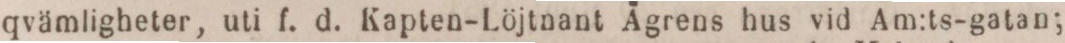
qvämligheter, uti f. d. Kapten-Löjtnant Ägrens hus vid Am:ts-gatan;